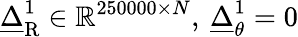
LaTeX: \underline{{\Delta}}_{\mathrm{R}}^{1}\in\mathbb{R}^{250000\times N},\: \underline{{\Delta}}_{\theta}^{1}=0